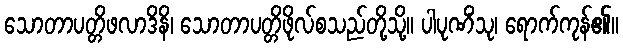
သောတာပတ္တိဖလာဒိနိ၊ သောတာပတ္တိဖိုလ်စသည်တို့သို့။ ပါပုဏိံသု၊ ရောက်ကုန်၏။